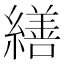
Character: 繕